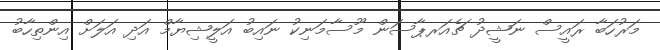
މަރުހަބާ ރައީސް ނަޝީދު ޗެއަރޕާސަން މޫސާމަނިކު ނައިބު އަލީޝިޔާމް އަދި އަލަށް އިންތިހާބު